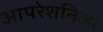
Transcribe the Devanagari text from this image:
आपरेशनिज्म